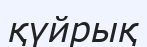
қүйрық